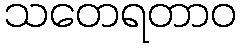
သတေရတာဝ